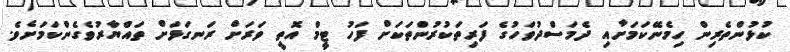
ކުޅުންތެރިން ހިމެނޭކަމަށާއި ދެމަސްދުވަހުގެ ފަރިތަކުރުންތަކަށް ފަހު ޓީމް އޮތީ ވަރަށް ރަނގަޅަށް ތައްޔާރުވެގެންކަމަށެވެ.